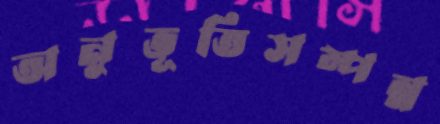
অনুভূতিসম্পন্ন